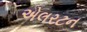
એલરટન